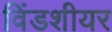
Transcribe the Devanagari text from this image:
विंडशीयर